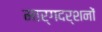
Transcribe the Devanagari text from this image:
मार्गदर्शनों